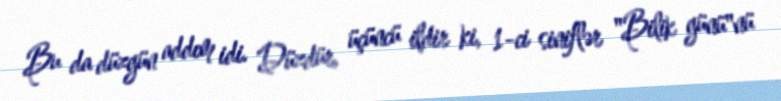
Bu da düzgün addım idi. Düzdür, üçüncü ildir ki, 1-ci siniflər "Bilik günü"nü